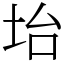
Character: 坮